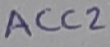
Text: Acc2